Annual report of the Punjab Veterinary College and of the Civil Veterinary Department, Punjab - 1920-1925
Year: 1920
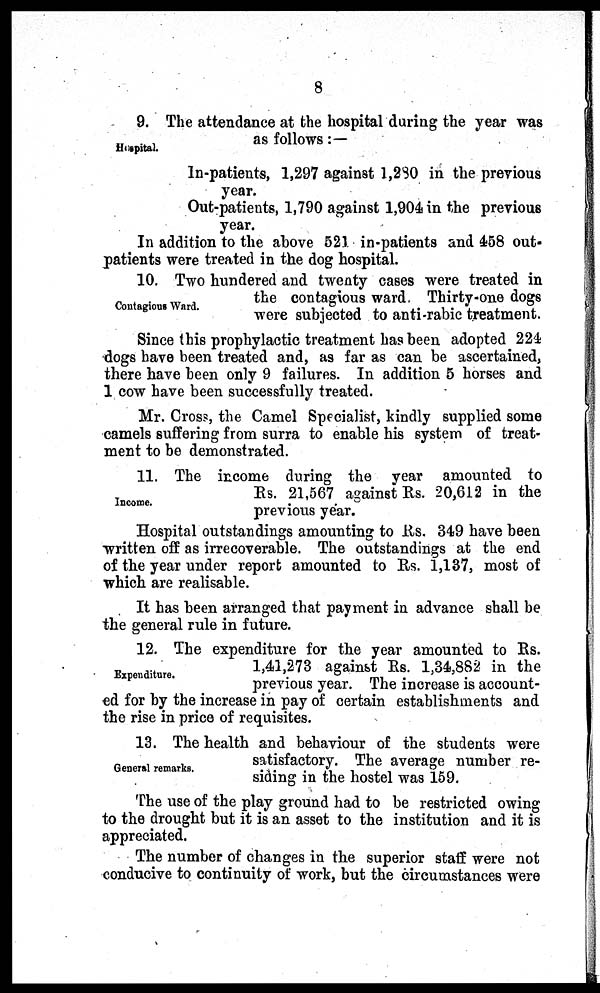
8
Hospital.
9. The attendance at the hospital during the year was
as follows:—
In-patients, 1,297 against 1,280 in the previous
year.
Out-patients, 1,790 against 1,904 in the previous
year.
In addition to the above 521 in-patients and 458 out-
patients were treated in the dog hospital.
Contagious Ward.
10. Two hundered and twenty cases were treated in
the contagious ward. Thirty-one dogs
were subjected to anti-rabic treatment.
Since this prophylactic treatment has been adopted 224
dogs have been treated and, as far as can be ascertained,
there have been only 9 failures. In addition 5 horses and
1 cow have been successfully treated.
Mr. Cross, the Camel Specialist, kindly supplied some
camels suffering from surra to enable his system of treat-
ment to be demonstrated.
Income.
11. The income during the year amounted to
Rs. 21,567 against Rs. 20,612 in the
previous year.
Hospital outstandings amounting to Rs. 349 have been
written off as irrecoverable. The outstandings at the end
of the year under report amounted to Rs. 1,137, most of
which are realisable.
It has been arranged that payment in advance shall be
the general rule in future.
Expenditure.
12. The expenditure for the year amounted to Rs.
1,41,273 against Rs. 1,34,882 in the
previous year. The increase is account-
ed for by the increase in pay of certain establishments and
the rise in price of requisites.
General remarks.
13. The health and behaviour of the students were
satisfactory. The average number re-
siding in the hostel was 159.
The use of the play ground had to be restricted owing
to the drought but it is an asset to the institution and it is
appreciated.
The number of changes in the superior staff were not
conducive to continuity of work, but the circumstances were